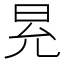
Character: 𭥠